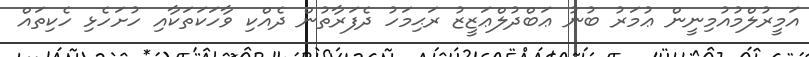
އަމީރުލްމުއުމިނީން ޢުމަރު ބުނު ޢަބްދުލްޢަޒީޒު ރަޙިމަހު ދެފަރާތުން ދެއްކި ވާހަކަތަކާއި ހުށަހެޅި ހެކިތައް